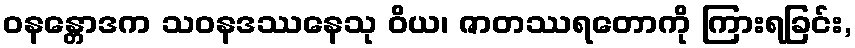
ဝနန္တောဒက သဝနဒဿနေသု ဝိယ၊ ဇာတဿရတောကို ကြားရခြင်း,